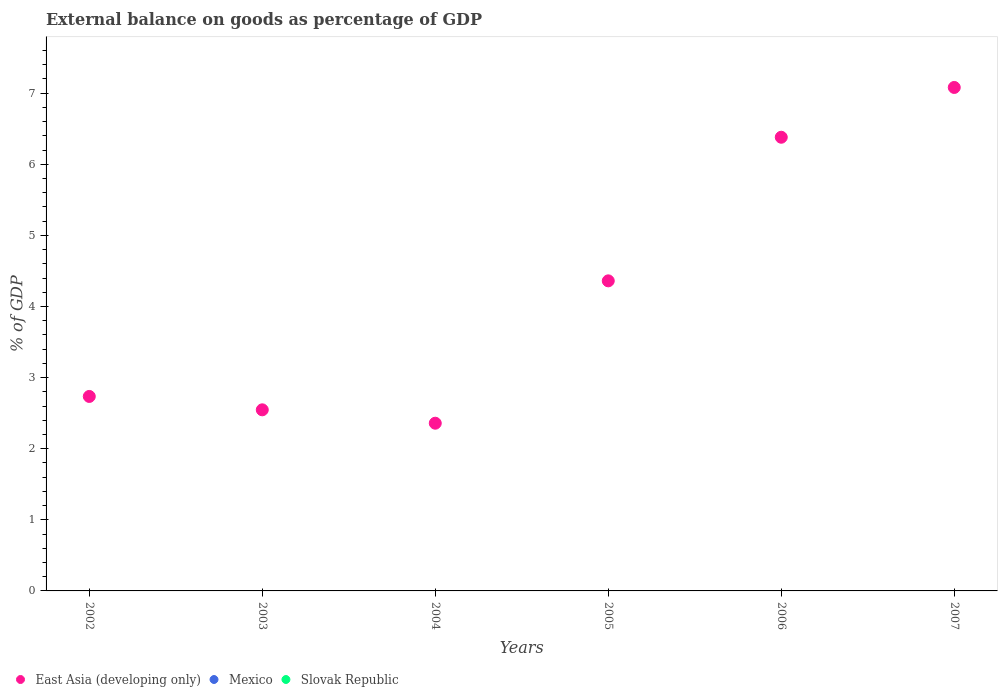
| Years | East Asia (developing only) | Mexico | Slovak Republic |
 | --- | --- | --- | --- |
 | 2002 | 2.74 | -1.45 | -7.23 |
 | 2003 | 2.55 | -1.44 | -1.9 |
 | 2004 | 2.36 | -1.76 | -2.74 |
 | 2005 | 4.36 | -1.44 | -4.6 |
 | 2006 | 6.38 | -1.25 | -3.99 |
 | 2007 | 7.08 | -1.58 | -1.12 |